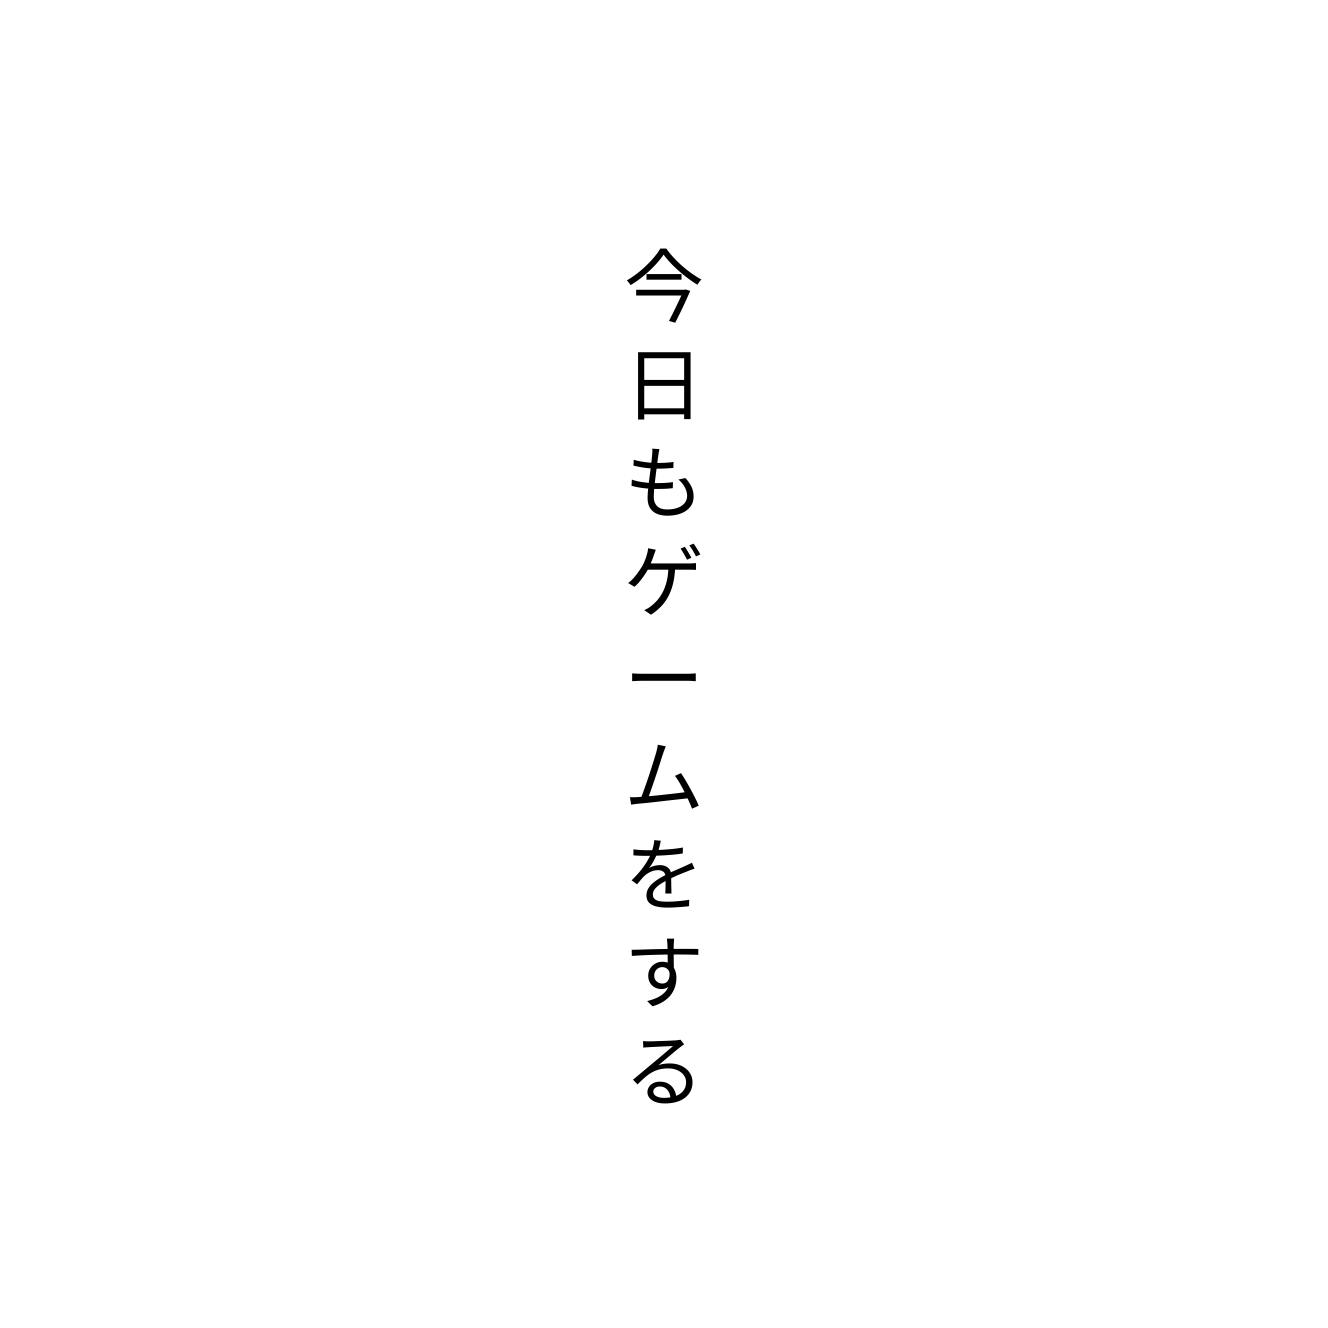
今日もゲームをする